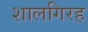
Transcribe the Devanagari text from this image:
शालगिरह